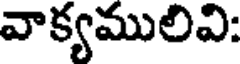
వాక్యములివి: